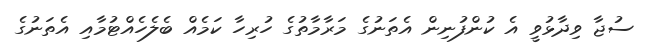
ސުޖާ ވިދާޅުވީ އެ ކުންފުނިން އެތަނުގެ މަރާމާތުގެ ހުރިހާ ކަމެއް ބެލެހެއްޓުމާއި އެތަނުގެ